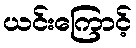
ယင်းကြောင့်